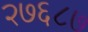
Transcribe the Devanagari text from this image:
२७६८७